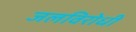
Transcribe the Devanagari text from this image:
जलविरोधी